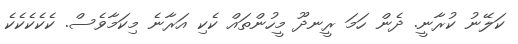
ކަލޭނު ކުރާނީ. ދެން ހަމަ ރީނދޫ މީހުންތައް ކެކި އަރާނެ މިކަމާވެސް. ކެކެކެކެކެ